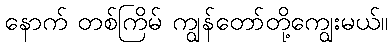
နောက် တစ်ကြိမ် ကျွန်တော်တို့ကျွေးမယ်။